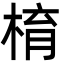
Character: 棛